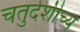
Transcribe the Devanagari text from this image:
चतुर्दशीच्य